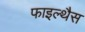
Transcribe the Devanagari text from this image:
फाइल्थैस